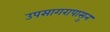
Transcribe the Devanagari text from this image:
उपसागरापासुन